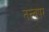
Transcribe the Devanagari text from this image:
तत्त्वपर